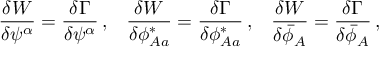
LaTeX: \frac { \delta { \cal W } } { \delta \psi ^ { \alpha } } = \frac { \delta \Gamma } { \delta \psi ^ { \alpha } } \, , \; \; \; \frac { \delta { \cal W } } { \delta \phi _ { A a } ^ { * } } = \frac { \delta \Gamma } { \delta \phi _ { A a } ^ { * } } \, , \; \; \; \frac { \delta { \cal W } } { \delta \bar { \phi } _ { A } } = \frac { \delta \Gamma } { \delta \bar { \phi } _ { A } } \, ,